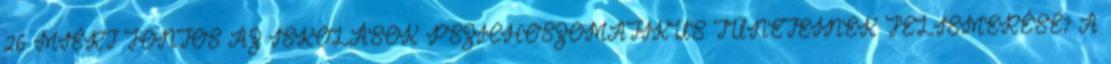
26 MIÉRT FONTOS AZ ISKOLÁSOK PSZICHOSZOMATIKUS TÜNETEINEK FELISMERÉSE? A